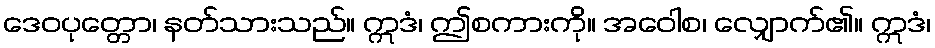
ဒေဝပုတ္တော၊ နတ်သားသည်။ ဣဒံ၊ ဤစကားကို။ အဝေါစ၊ လျှောက်၏။ ဣဒံ၊